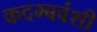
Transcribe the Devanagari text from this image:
कदम्बवंशी